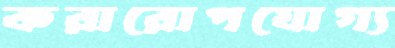
করারোপযোগ্য